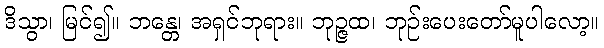
ဒိသွာ၊ မြင်၍။ ဘန္တေ၊ အရှင်ဘုရား။ ဘုဉ္ဇထ၊ ဘုဉ်းပေးတော်မူပါလော့။